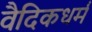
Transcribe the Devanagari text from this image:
वैदिकधर्म